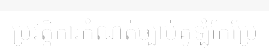
ប្រវត្តិការកំណត់ច្បាប់គូឡុំកែប្រែ